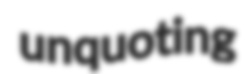
unquoting